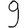
Digit: 9